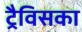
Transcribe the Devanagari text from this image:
ट्रैविसका